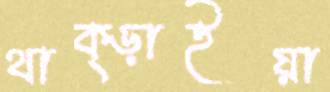
থাক্‌ড়াইয়া